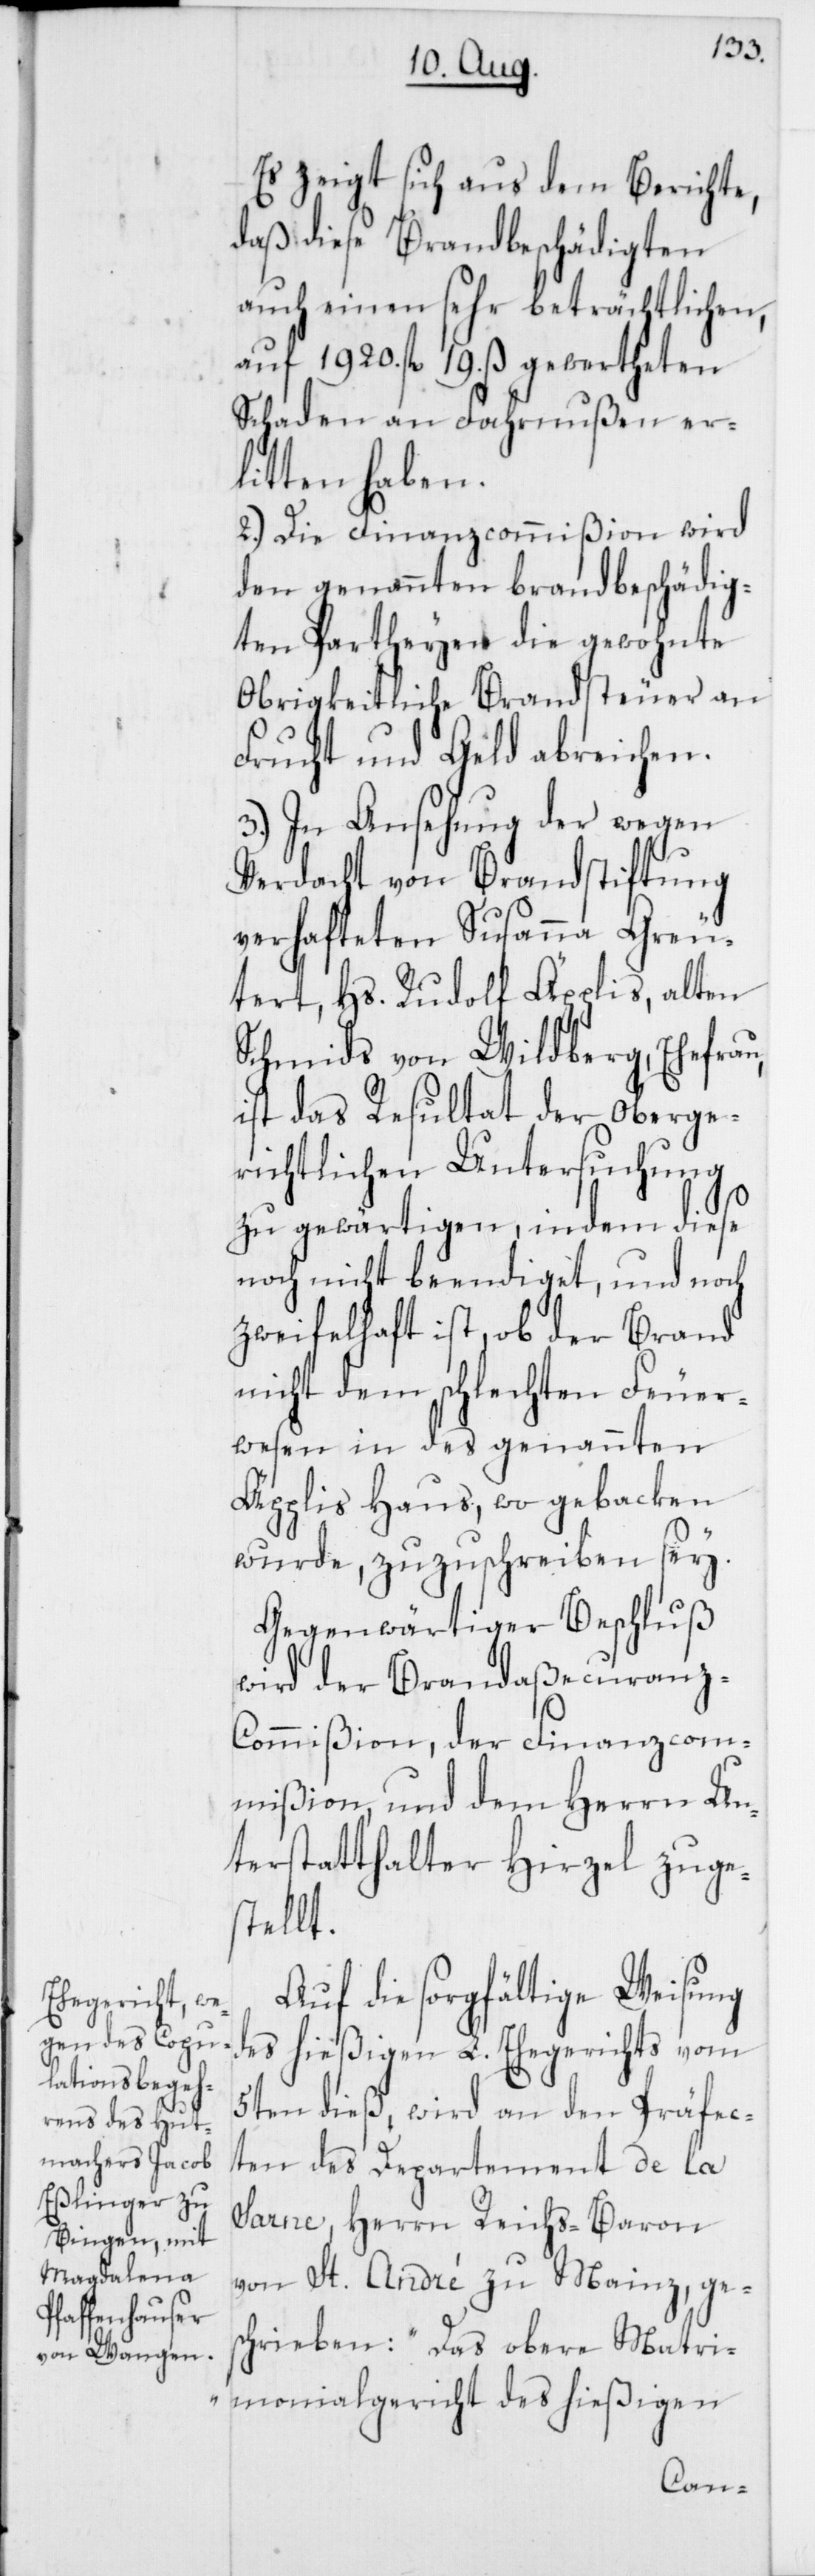
Es zeigt sich aus dem Berichte,
daß diese Brandbeschädigten
auch einen sehr beträchtlichen,
auf 1920. fl. 19. ß gewertheten
Schaden an Fahrnußen er¬
litten haben.
2.) Die Finanzcommißion wird
den genannten brandbeschädig¬
ten Partheyen die gewohnte
Obrigkeitliche Brandsteuer an
Frucht und Geld abreichen.
3.) In Ansehung der wegen
Verdacht von Brandstiftung
verhafteten Susanna Greu¬
tert, Hs. Rudolf Äpplis, alten
Schmids von Wildberg, Ehefrau,
ist das Resultat der Oberge¬
richtlichen Untersuchung
zu gewärtigen, indem diese
noch nicht beendiget, und noch
zweifelhaft ist, ob der Brand
nicht dem schlechten Feuer¬
wesen in des genannten
Äpplis Haus, wo gebacken
wurde, zuzuschreiben sey.
Gegenwärtiger Beschluß
wird der Brandaßecuran¬
z-Commißion, der Finanzcom¬
mißion und dem Herrn Un¬
terstatthalter Hirzel zuge¬
stellt.
Auf die sorgfältige Weisung
des hießigen L. Ehegerichts vom
5ten dieß, wird an den Präfec¬
ten des Departement de la
Sarne, Herrn Reichs-Baron
von St. André zu Mainz, ges¬
chrieben: „Das obere Matri¬
monialgericht des hießigen